Lunatic asylums Punjab 1895-1910 - 1895-1910
Year: 1895
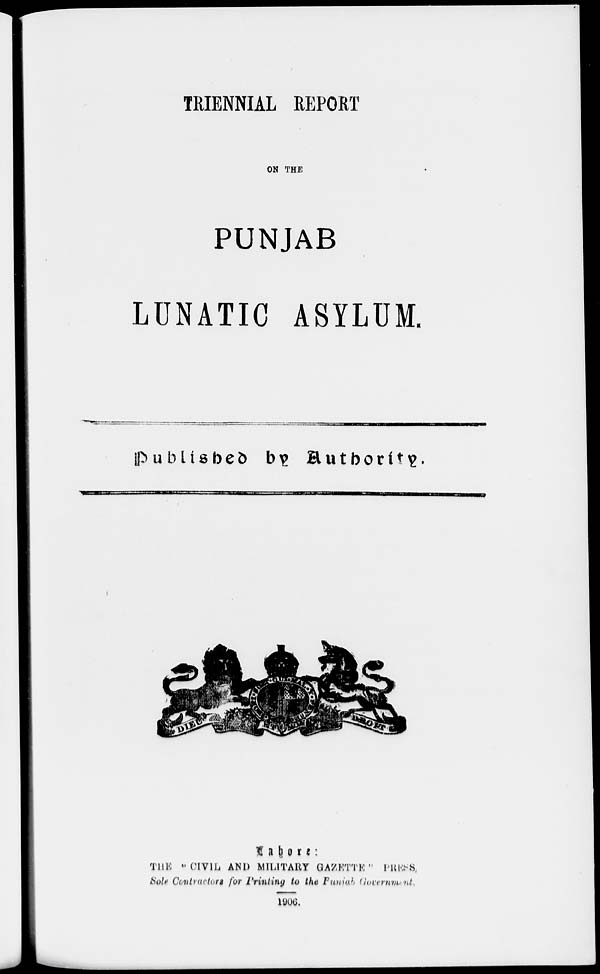
TRIENNIAL REPORT
ON THE
PUNJAB
LUNATIC ASYLUM.
Published by Authority.
Lahore:
THE "CIVIL AND MILITARY GAZETTE " PRESS,
Sole Contractors for Printing to the Punjab Government.
1906.